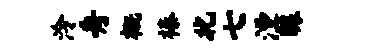
泠舟概榛北七湮醵